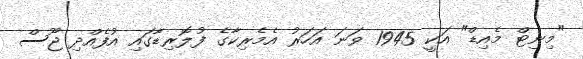
"މިނިޓް މެއިޑް" އަކީ 1945 ވަނަ އަހަރު އެމެރިކާގެ ފުލޮރިޑާގައި އުފެއްދި ޖޫސް